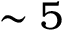
\sim 5